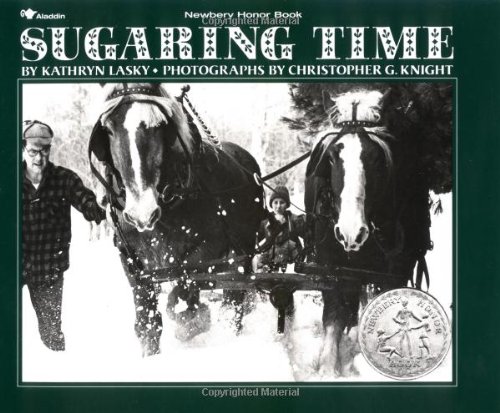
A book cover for Sugaring Time; Kathryn Lasky; Science & Math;